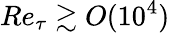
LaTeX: Re_{\tau}\gtrsim O(10^{4})